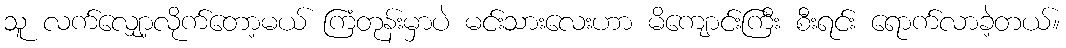
သူ လက်လျှော့လိုက်တော့မယ် ကြံတုန်းမှာပဲ မင်းသားလေးဟာ မိကျောင်းကြီး စီးရင်း ရောက်လာခဲ့တယ်။